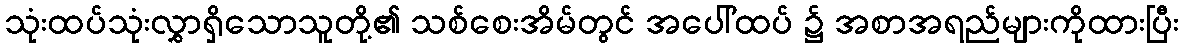
သုံးထပ်သုံးလွှာရှိသောသူတို့၏ သစ်စေးအိမ်တွင် အပေါ်ထပ် ၌ အစာအရည်များကိုထားပြီး